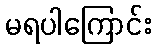
မရပါကြောင်း